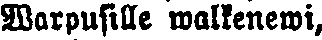
Warpusille waikenewi,